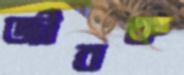
জীবক